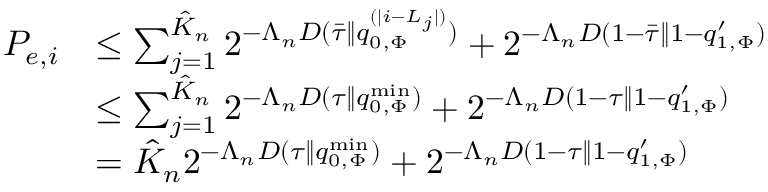
\begin{array} { r l } { P _ { e , i } } & { \le \sum _ { j = 1 } ^ { \hat { K } _ { n } } 2 ^ { - \Lambda _ { n } D ( \bar { \tau } \| q _ { 0 , \Phi } ^ { ( | i - L _ { j } | ) } ) } + 2 ^ { - \Lambda _ { n } D ( 1 - \bar { \tau } \| 1 - q _ { 1 , \Phi } ^ { \prime } ) } } \\ & { \le \sum _ { j = 1 } ^ { \hat { K } _ { n } } 2 ^ { - \Lambda _ { n } D ( \tau \| q _ { 0 , \Phi } ^ { \mathrm { m i n } } ) } + 2 ^ { - \Lambda _ { n } D ( 1 - \tau \| 1 - q _ { 1 , \Phi } ^ { \prime } ) } } \\ & { = \hat { K } _ { n } 2 ^ { - \Lambda _ { n } D ( \tau \| q _ { 0 , \Phi } ^ { \mathrm { m i n } } ) } + 2 ^ { - \Lambda _ { n } D ( 1 - \tau \| 1 - q _ { 1 , \Phi } ^ { \prime } ) } } \end{array}